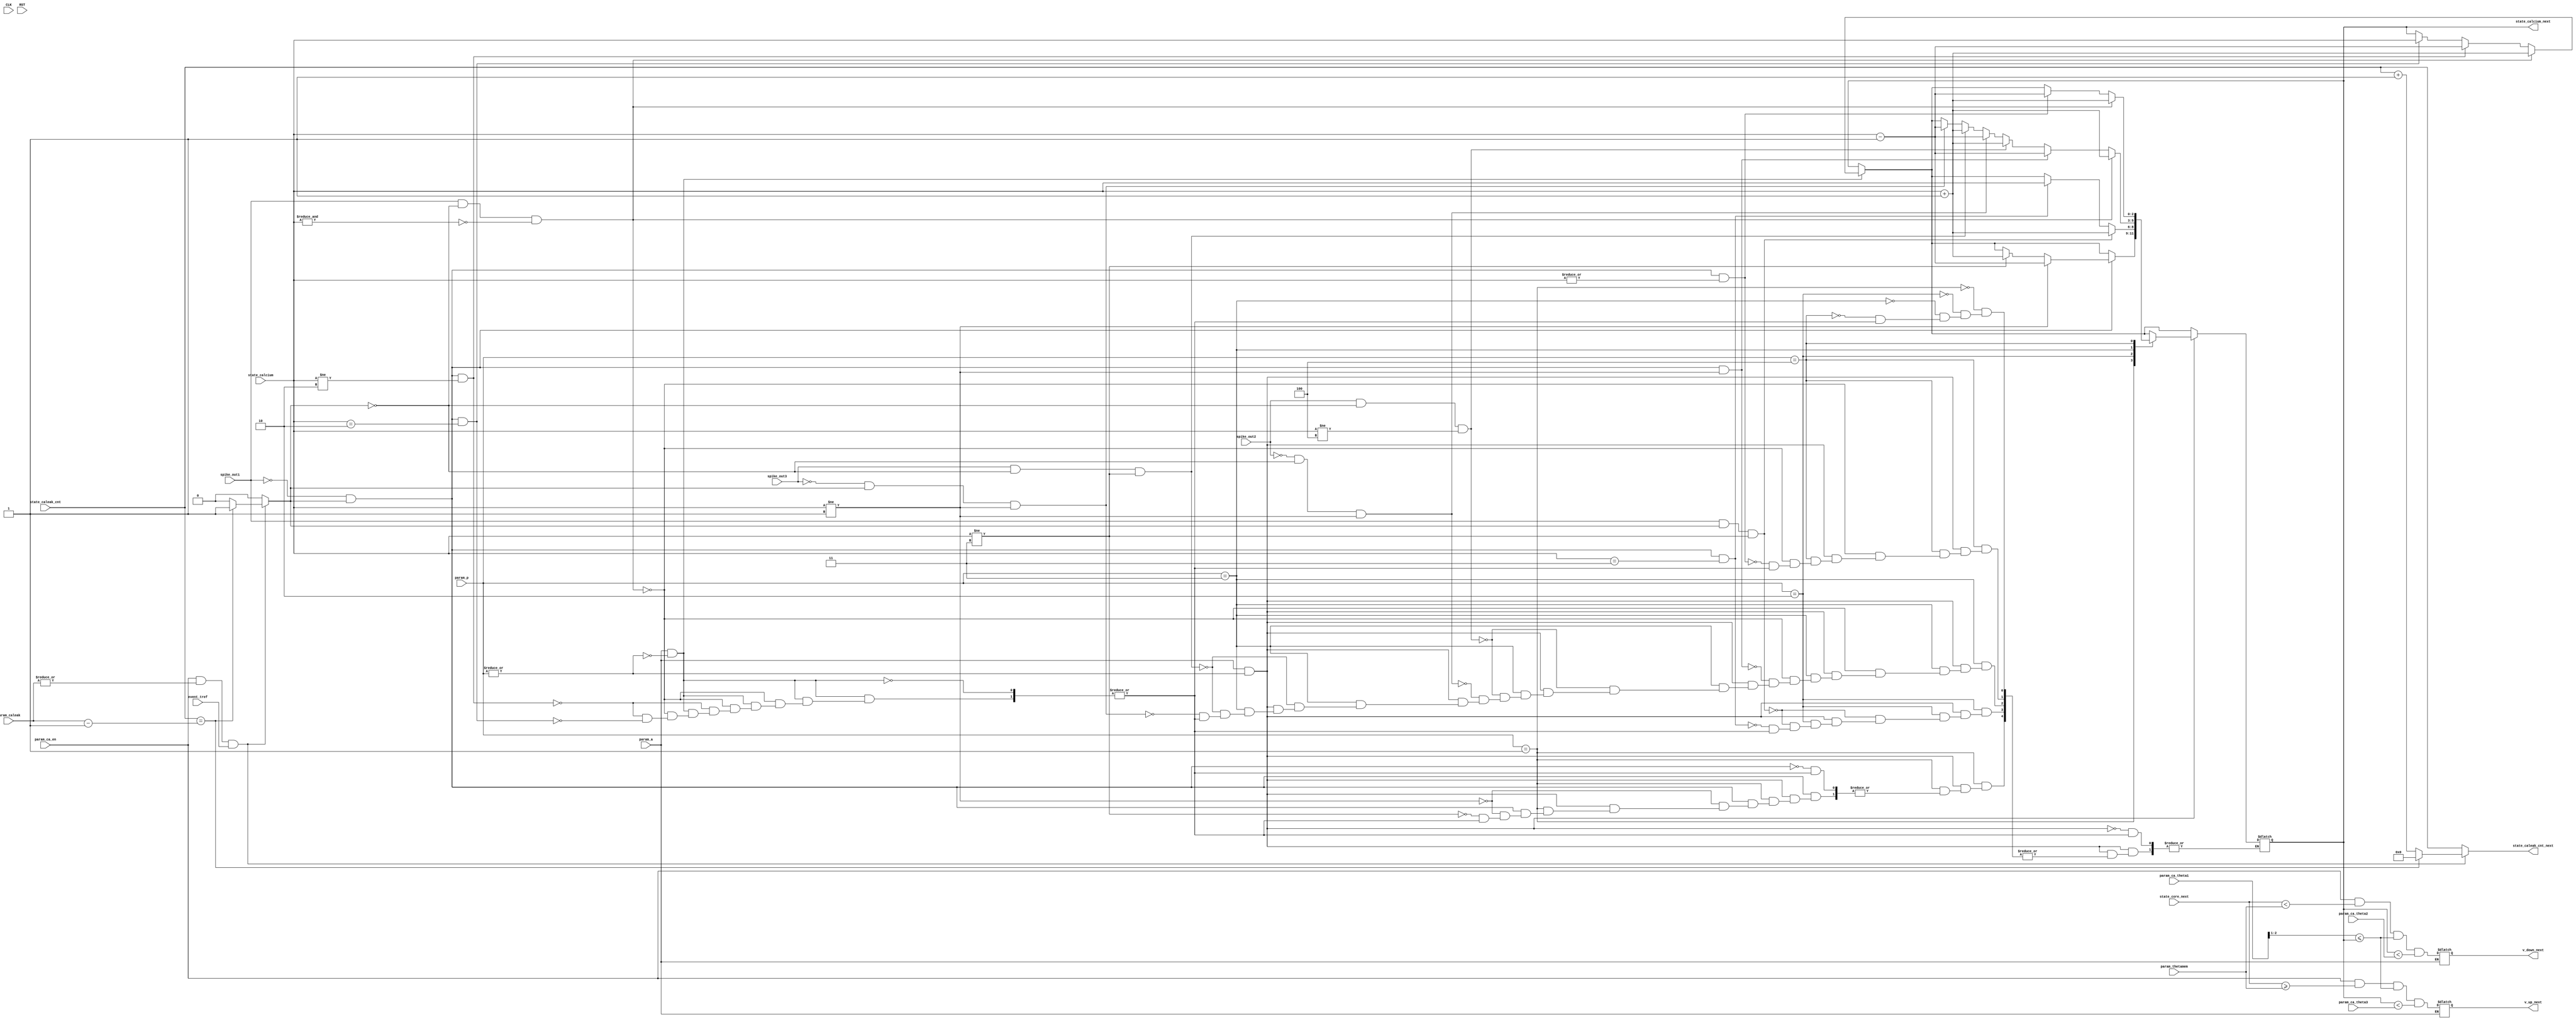
module AD_Model(
    input  wire                 param_a,                 //amyloid beta enable
    input  wire [          3:0] param_p,                 //p coeffcient 
    input  wire [          7:0] param_thetamem,          // membrane threshold parameter              [SDSP]
    input  wire [          2:0] param_ca_theta1,         // calcium threshold 1parameter              [SDSP]
    input  wire [          2:0] param_ca_theta2,         // calcium threshold 2 parameter             [SDSP]
    input  wire [          2:0] param_ca_theta3,         // calcium threshold 3 parameter             [SDSP]
    input  wire [          4:0] param_caleak,            // calcium leakage strength parameter        [SDSP]
    input  wire                 param_ca_en,             // calcium concentration enable parameter
    input  wire [          2:0] state_calcium,           // calcium concentration state from SRAM     [SDSP]
    input  wire [          4:0] state_caleak_cnt,        // calcium leakage state from SRAM           [SDSP]
    input  wire [          7:0] state_core_next,         // next membrane potential state to SRAM 
    input  wire                 spike_out1,               // neuron spike event signal
    input  wire                 spike_out2,               // neuron spike event signal
    input  wire                 spike_out3,               // neuron spike event signal
    input  wire                 event_tref,              // time reference event signal
    input  wire                 CLK,                     // clock associated with ODIN
    input  wire                 RST,                     //RST for child modules 
    output reg                 v_up_next,               // next SDSP UP condition value signal       [SDSP]
    output reg                 v_down_next,             // next SDSP DOWN condition value signal     [SDSP]
    output reg  [          2:0] state_calcium_next,      // next calcium concentration state to SRAM  [SDSP]
    output reg  [          4:0] state_caleak_cnt_next    // next calcium leakage state to SRAM        [SDSP]
    );
    
    reg ca_leak;
    integer i;
    always @(*) begin
    if (param_a) begin
     v_up_next   <= param_ca_en && (state_core_next >= param_thetamem) && (param_ca_theta1>>1 <= state_calcium_next) && (state_calcium_next < param_ca_theta3);
     v_down_next <= param_ca_en && (state_core_next <  param_thetamem) && (param_ca_theta1>>1 <= state_calcium_next) && (state_calcium_next < param_ca_theta2);
    end 
    end
    
    always @ (*) begin
        if (param_a && ~|param_p) begin
            if (spike_out1 && ~ca_leak && ~&state_calcium) 
            state_calcium_next = state_calcium + 3'b1;
            else if (~spike_out1 && ca_leak && state_calcium != 3'b010)
            state_calcium_next = state_calcium - 3'b1; 
            else if (~spike_out1 && ca_leak && state_calcium == 3'b010)
            state_calcium_next = state_calcium;  
        end 
        if (param_a && |param_p)begin
             //represents small amplitude oscillation case 
            case(param_p)
            3'b1: begin 
                if (~spike_out1 && ca_leak)begin
                  if (state_calcium != 3'b001)
                  state_calcium_next = state_calcium - 3'b1;
                  else if (state_calcium !=3'b011)
                  state_calcium_next = state_calcium + 3'b1;
                  end
                end 
            //represents steady state solution 
            3'b010: begin 
                if (spike_out1 && ca_leak && state_calcium != 3'b011)
                state_calcium_next = state_calcium + 3'b1; 
                else if(~spike_out1 && ca_leak && state_calcium == 3'b011)
                state_calcium_next = state_calcium; 
               end
            3'b011: begin
                if (spike_out3 && ~ca_leak && state_calcium != 3'b011)
                state_calcium_next = state_calcium + 3'b1;
                else if (~spike_out3 && ca_leak && state_calcium != 3'b001) 
                state_calcium_next = state_calcium - 3'b1; 
                
                if (spike_out2 && ~ca_leak && state_calcium != 3'b100) 
                state_calcium_next = state_calcium + 3'b1; 
                else if (~spike_out2 && ~ca_leak && state_calcium != 3'b001)
                state_calcium_next = state_calcium - 3'b1;
                
                if (spike_out1 && ~ca_leak && ~&state_calcium) 
                state_calcium_next = state_calcium + 3'b1;
                else if (~spike_out1 && ca_leak && state_calcium != 3'b001) 
                state_calcium_next = state_calcium- 3'b1;
               end            
           3'b100: begin
            if (spike_out1 && ~ca_leak && ~&state_calcium)//spike out, no leakage, not 111 
                state_calcium_next = state_calcium + 3'b1;
            else if (ca_leak && ~spike_out1 && |state_calcium)//leakage, no spike, not 000
                state_calcium_next = state_calcium - 3'b1;
                end 
          endcase    
        end 
        
    end
    
     always @(*) begin 

        if (param_ca_en && |param_caleak && event_tref)
            if (state_caleak_cnt == (param_caleak - 5'b1)) begin
                state_caleak_cnt_next = 5'b0;
                ca_leak               = 1'b1;
            end else begin
                state_caleak_cnt_next = state_caleak_cnt + 5'b1;
                ca_leak               = 1'b0;
            end
        else begin
            state_caleak_cnt_next = state_caleak_cnt;
            ca_leak               = 1'b0;
        end
    end
    
endmodule